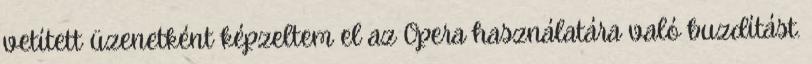
vetített üzenetként képzeltem el az Opera használatára való buzdítást.